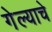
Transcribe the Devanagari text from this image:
गेल्‍याचे